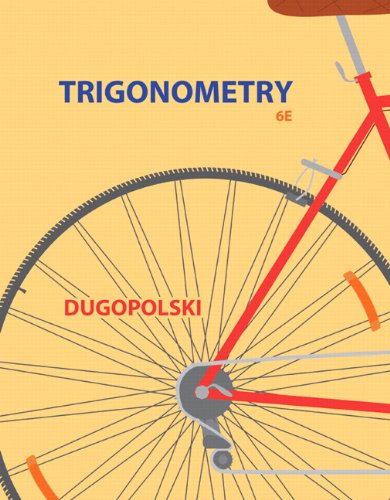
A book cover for Trigonometry (4th Edition); Mark Dugopolski; Science & Math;